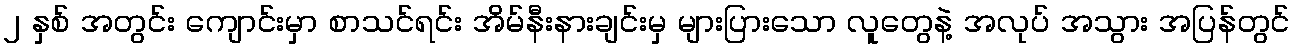
၂ နှစ် အတွင်း ကျောင်းမှာ စာသင်ရင်း အိမ်နီးနားချင်းမှ များပြားသော လူတွေနဲ့ အလုပ် အသွား အပြန်တွင်